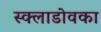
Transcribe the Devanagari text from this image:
स्क्लाडोवका